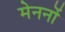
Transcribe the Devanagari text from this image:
मेननों